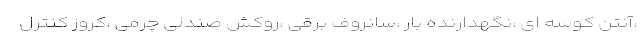
،آنتن کوسه ای ،نگهدارنده بار ،سانروف برقی ،روکش صندلی چرمی ،کروز کنترل